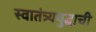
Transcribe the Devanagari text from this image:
स्वातंत्र्ययुद्धाची